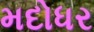
મદોધર